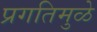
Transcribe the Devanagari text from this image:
प्रगतिमुळे